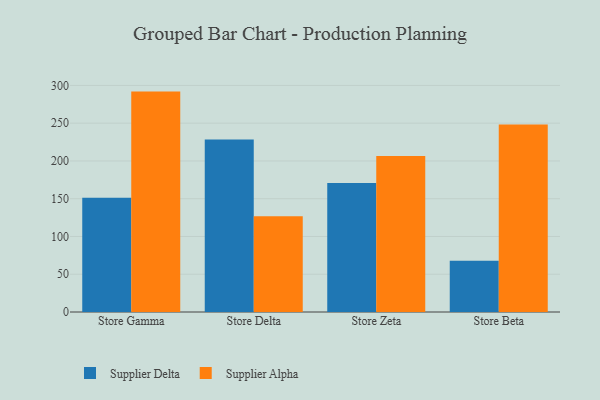
{"axis": {"x": "Store", "y": "Active Users"}, "legend": ["Supplier Alpha", "Supplier Delta"], "data": [{"x": "Store Gamma", "y": 151.2, "type": "Supplier Delta"}, {"x": "Store Gamma", "y": 291.8, "type": "Supplier Alpha"}, {"x": "Store Delta", "y": 228.4, "type": "Supplier Delta"}, {"x": "Store Delta", "y": 126.8, "type": "Supplier Alpha"}, {"x": "Store Zeta", "y": 170.8, "type": "Supplier Delta"}, {"x": "Store Zeta", "y": 206.5, "type": "Supplier Alpha"}, {"x": "Store Beta", "y": 67.8, "type": "Supplier Delta"}, {"x": "Store Beta", "y": 248.1, "type": "Supplier Alpha"}]}